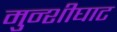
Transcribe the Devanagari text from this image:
मुन्शीघाट